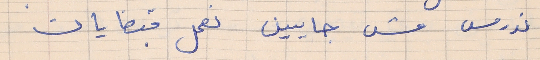
ندرس مش جايين نعمل قبضايات